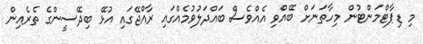
މި ޑިޕާޓްމަންޓުން މިހާތަނަށް ބޭއްވި އެއްވެސް ބައްދަލުވުމެއްގައި ރާއްޖޭގައި އުޅޭ ބިދޭސީންގެ ތެރެއިން